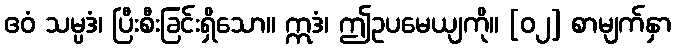
ဧဝံ သမ္ပဒံ၊ ပြီးစီးခြင်းရှိသော။ ဣဒံ၊ ဤဥပမေယျကို။ [၀၂] စာမျက်နှာ